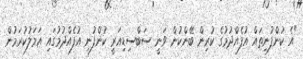
"އެ ކުންފުނިތައް އުފެއްދުމުގެ ކުރިން ބޭންކުން ވަނީ ސަބްސިޑިއަރީ ކުންފުނި އުފެއްދުމުގައި އަމަލުކުރަމުން